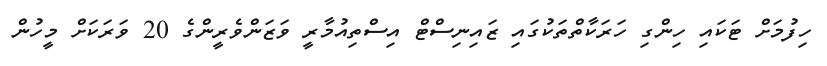
ހިފުމަށް ޓަކައި ހިންގި ހަރަކާތްތަކުގައި ޒައިނިސްޓް އިސްތިއުމާރީ ވަޒަންވެރީންގެ 20 ވަރަކަށް މީހުން